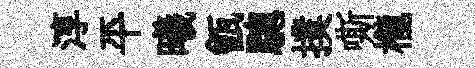
淳平曦甑驄撲嘶櫳